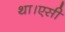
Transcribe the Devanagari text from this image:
था।एसी